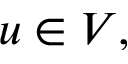
u \in V ,